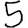
Digit: 5